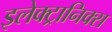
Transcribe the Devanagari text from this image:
इलेक्‍ट्रानिक्स